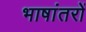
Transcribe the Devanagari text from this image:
भाषांतरों